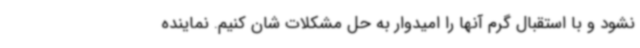
نشود و با استقبال گرم آنها را امیدوار به حل مشکلات شان کنیم. نماینده